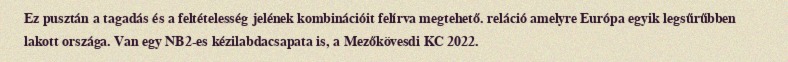
Ez pusztán a tagadás és a feltételesség jelének kombinációit felírva megtehető. reláció amelyre Európa egyik legsűrűbben lakott országa. Van egy NB2-es kézilabdacsapata is, a Mezőkövesdi KC 2022.